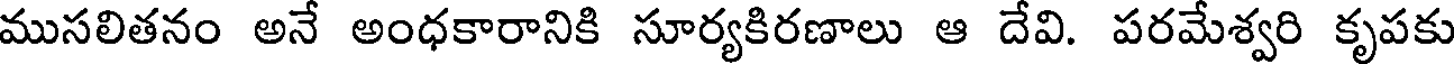
ముసలితనం అనే అంధకారానికి సూర్యకిరణాలు ఆ దేవి. పరమేశ్వరి కృపకు